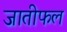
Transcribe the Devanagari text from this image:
जातीफल